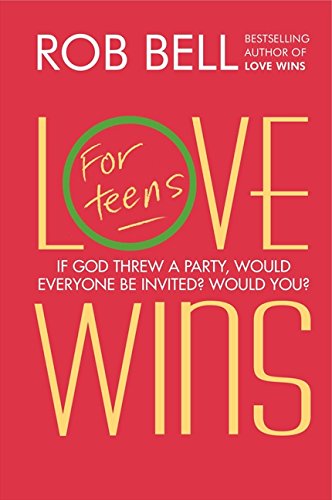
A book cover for Love Wins: For Teens; Rob Bell; Teen & Young Adult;